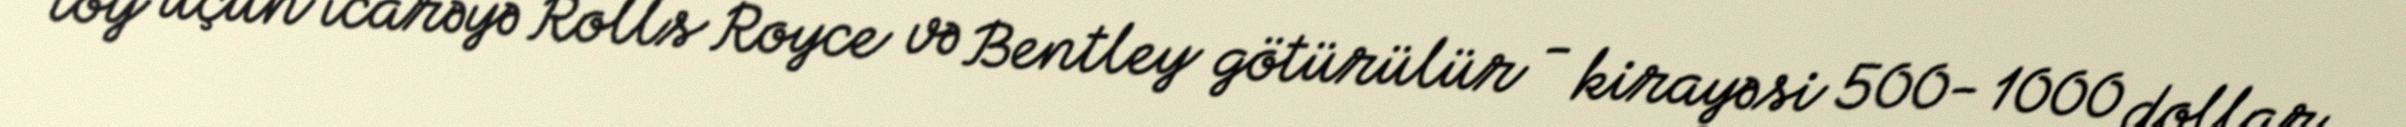
toy üçün icarəyə Rolls Royce və Bentley götürülür - kirayəsi 500- 1000 dollar